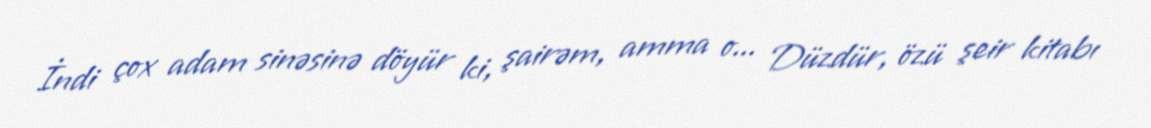
İndi çox adam sinəsinə döyür ki, şairəm, amma o... Düzdür, özü şeir kitabı